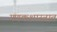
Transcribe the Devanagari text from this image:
गणकशास्त्रात